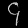
Digit: ၄